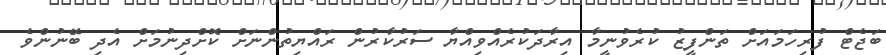
ބަޖެޓް ފުރިހަމައަށް ތަންފީޒު ކުރެވުނީމާ އިރާދަކުރެއްވިއްޔާ ސަރުކާރުން ރައްޔިތުންނަށް ކޮށްދިނުމަށް އެދި ބޭނުންވެ